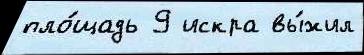
пло́щадь 9 искра вы́жил